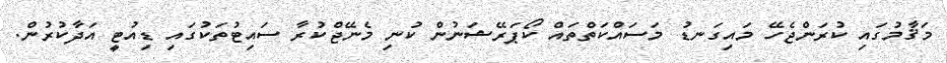
މަޤާމުގައި ކުރަންޖެހޭ މައިގަނޑު މަސައްކަތްތައް ކޯޕަރޭޝަނުން ކުނި މެނޭޖްކުރާ ސައިޓުތަކުގައި ޑިއުޓީ އަދާކުރުން.